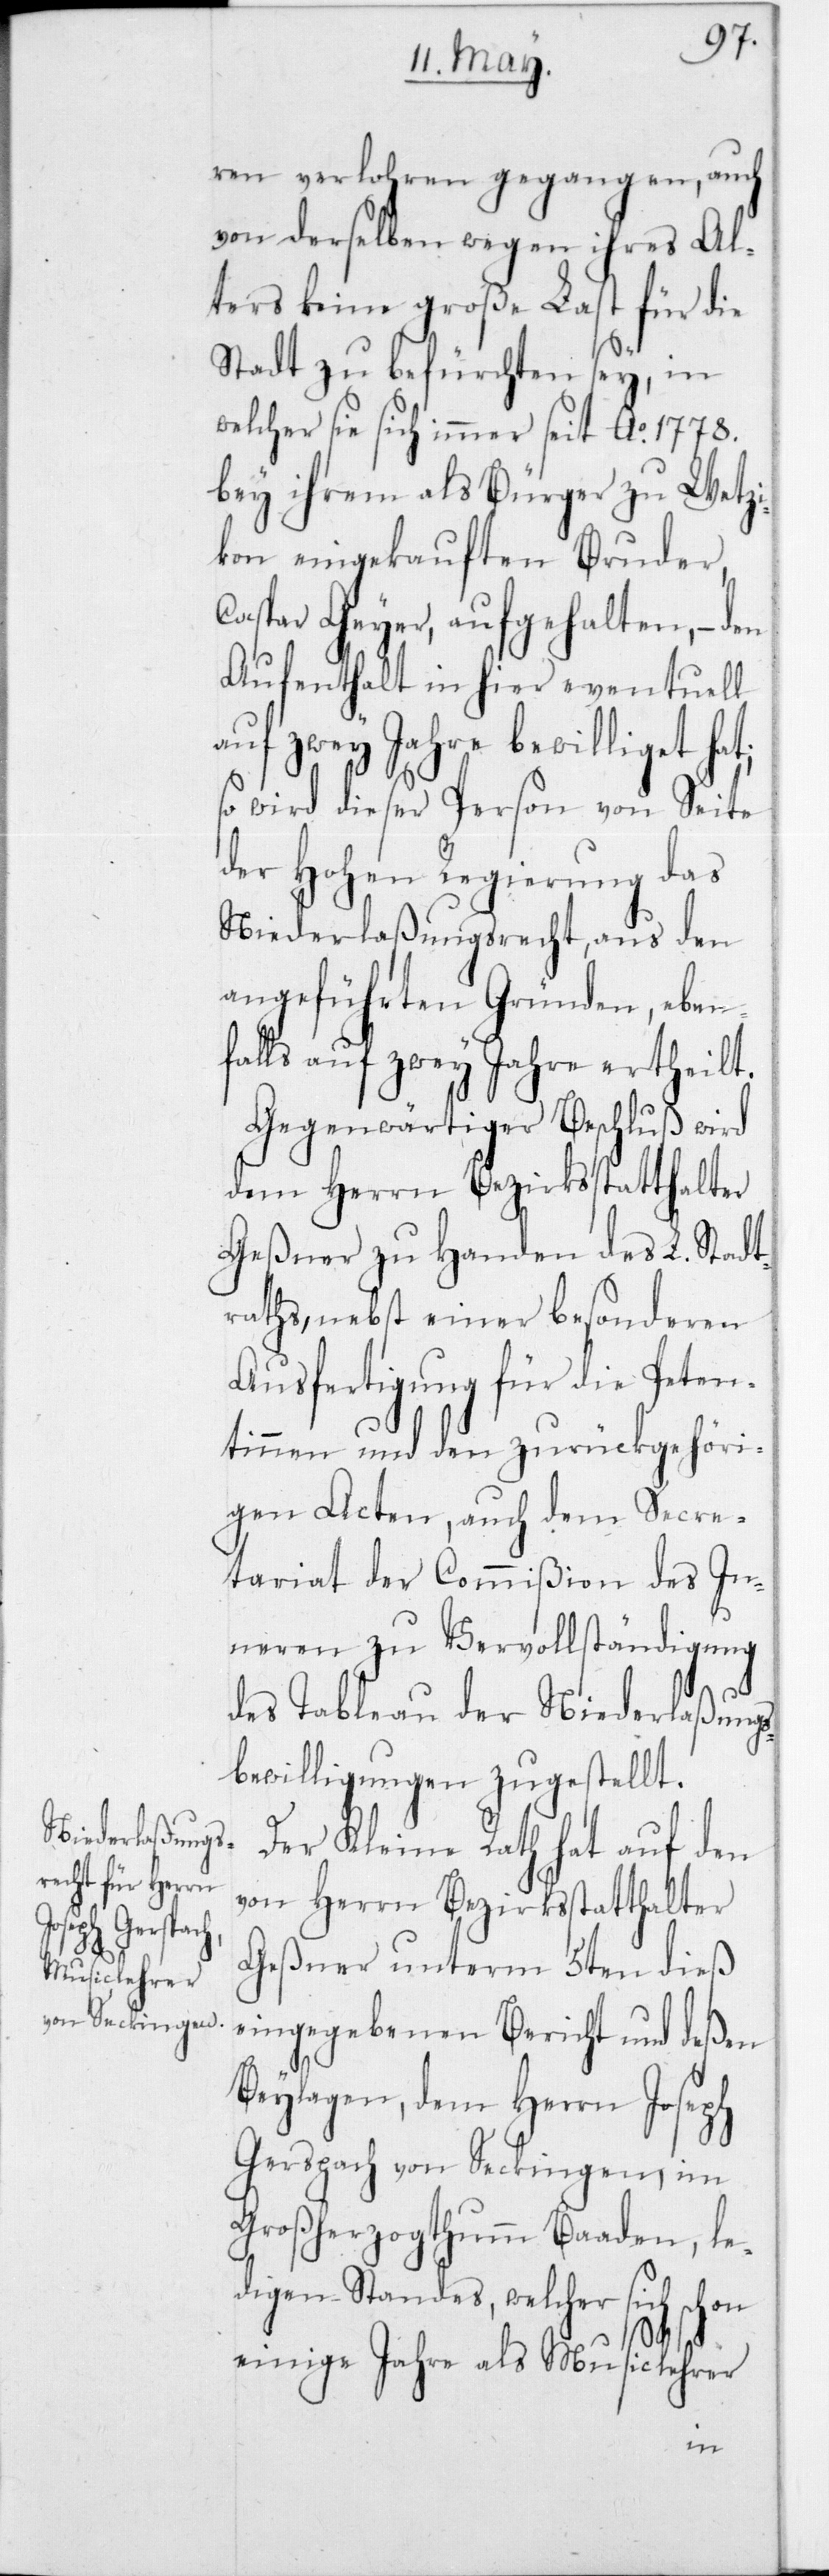
ren verlohren gegangen, auch
von derselben wegen ihres Al¬
ters keine große Last für die
Stadt zu befürchten sey, in
welcher sie sich immer seit Ao 1778
bey ihrem als Bürger zu Wetzi¬
kon eingekauften Bruder,
Caspar Geyer, aufgehalten, – den
Aufenthalt in hier eventuell
auf zwey Jahre bewilliget hat;
so wird dieser Personn von Seite
der Hohen Regierung das
Niederlaßungsrecht, aus den
angeführten Gründen, eben¬
falls auf zwey Jahre ertheilt.
Gegenwärtiger Beschluß wird
dem Herrn Bezirksstatthalter
Geßner zu Handen des L. Stadt¬
raths, nebst einer besonderen
Ausfertigung für die Peten¬
tinnen und den zurückgehöri¬
gen Acten, auch dem Secre¬
tariat der Commißion des In¬
neren zu Vervollständigung
des Tableau der Niederlaßungs¬
bewilligungen zugestellt.
Der Kleine Rath hat auf den
von Herrn Bezirksstatthalter
Geßner unterm 5ten dieß
eingegebenen Bericht und deßen
Beylagen, dem Herrn Joseph
Gerspach von Seckingen, im
Großherzogthumm Baaden, le¬
digen Standes, welcher sich
einige Jahre als Musiclehrer